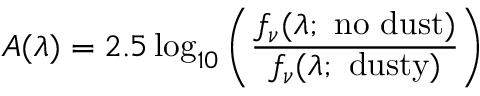
A ( \lambda ) = 2 . 5 \log _ { 1 0 } \left( \frac { f _ { \nu } ( \lambda ; \mathrm { ~ n o ~ d u s t } ) } { f _ { \nu } ( \lambda ; \mathrm { ~ d u s t y } ) } \right)